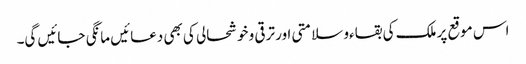
اس موقع پر ملک کی بقاءو سلامتی اور ترقی و خوشحالی کی بھی دعائیں مانگی جائیں گی۔